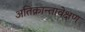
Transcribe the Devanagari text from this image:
अतिक्रान्तावेक्षण